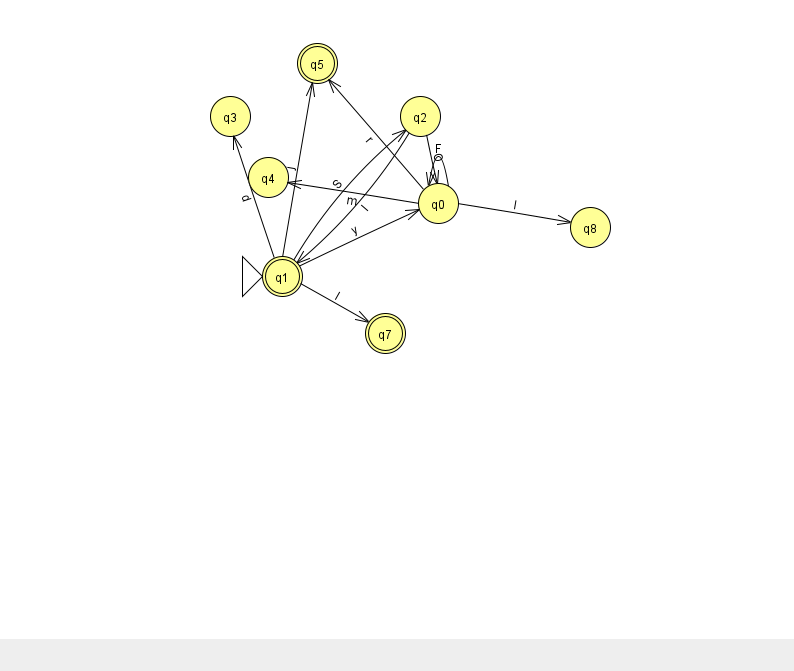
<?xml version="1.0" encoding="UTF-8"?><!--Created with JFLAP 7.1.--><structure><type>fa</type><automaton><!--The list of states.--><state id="0" name="q0"><x>438.0</x><y>190.0</y></state><state id="1" name="q1"><x>282.0</x><y>263.0</y><initial/><final/></state><state id="2" name="q2"><x>420.0</x><y>103.0</y></state><state id="3" name="q3"><x>230.0</x><y>103.0</y></state><state id="4" name="q4"><x>268.0</x><y>164.0</y></state><state id="5" name="q5"><x>317.0</x><y>50.0</y><final/></state><state id="7" name="q7"><x>385.0</x><y>320.0</y><final/></state><state id="8" name="q8"><x>590.0</x><y>214.0</y></state><!--The list of transitions.--><transition><from>0</from><to>4</to><read>m</read></transition><transition><from>1</from><to>3</to><read>d</read></transition><transition><from>1</from><to>5</to><read>j</read></transition><transition><from>2</from><to>1</to><read>I</read></transition><transition><from>0</from><to>0</to><read>F</read></transition><transition><from>2</from><to>0</to><read>O</read></transition><transition><from>0</from><to>8</to><read>l</read></transition><transition><from>1</from><to>7</to><read>I</read></transition><transition><from>0</from><to>5</to><read>r</read></transition><transition><from>1</from><to>0</to><read>y</read></transition><transition><from>1</from><to>2</to><read>S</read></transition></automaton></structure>